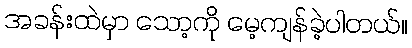
အခန်းထဲမှာ သော့ကို မေ့ကျန်ခဲ့ပါတယ်။